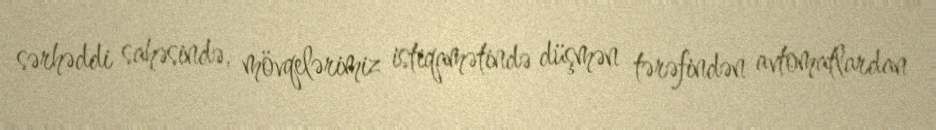
sərhəddi sahəsində, mövqelərimiz istiqamətində düşmən tərəfindən avtomatlardan